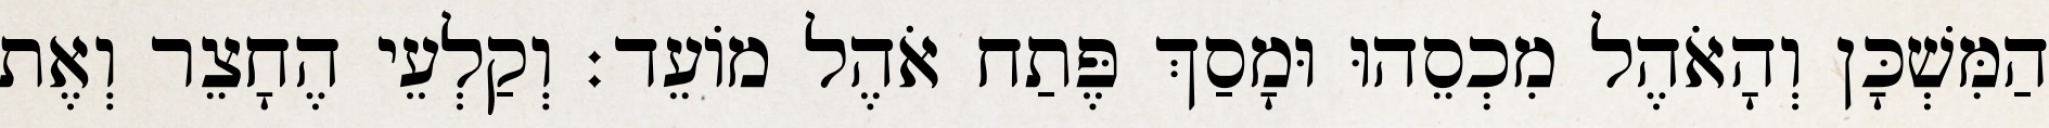
הַמִּשְׁכָּן וְהָאֹהֶל מִכְסֵהוּ וּמָסַךְ פֶּתַח אֹהֶל מוֹעֵד׃ וְקַלְעֵי הֶחָצֵר וְאֶת